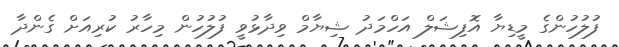
ފުލުހުންގެ މީޑިޔާ އޮފިޝަލް އަހްމަދު ޝިޔާމް ވިދާޅުވީ ފުލުހުން މިހާރު ކުރިއަށް ގެންދާ